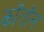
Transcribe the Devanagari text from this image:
कॉतॉन